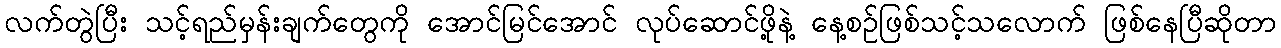
လက်တွဲပြီး သင့်ရည်မှန်းချက်တွေကို အောင်မြင်အောင် လုပ်ဆောင်ဖို့နဲ့ နေ့စဉ်ဖြစ်သင့်သလောက် ဖြစ်နေပြီဆိုတာ